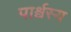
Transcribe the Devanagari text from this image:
पार्श्वस्य